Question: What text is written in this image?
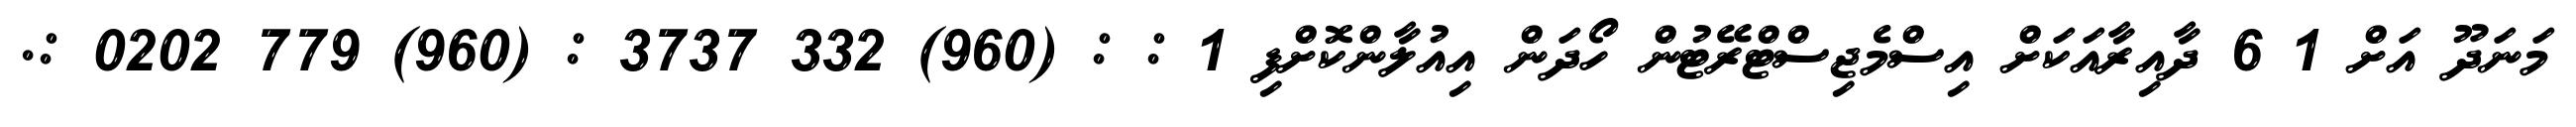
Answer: މަނަދޫ އަށް 1 6 ދާއިރާއަކަށް އިސްމެޖިސްޓްރޭޓުން ހޯދަން އިއުލާންކޮށްފި 1 : : (960) 332 3737 : (960) 779 0202 :.